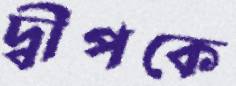
দ্বীপকে